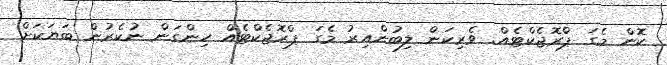
ކޮން މެގަ ޕްރޮޖެކްޓެއް. ވެރިކަން ލިބުންއިރު މެގަ ޕްރޮޖެކްޓެއް ހިންގަން ނުކެރުން ބަޔަކަށް